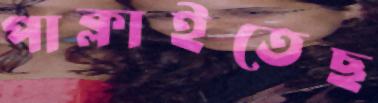
পাক্‌লাইতেছ